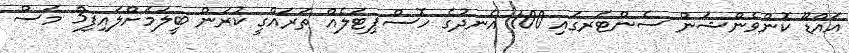
އައްޑޫ ކޮންވެންޝަން ސެންޓަރގައި 100 އެނދުގެ ހޮސްޕިޓަލެއް ތަރައްގީ ކުރަން ބީލަމަށްލައިފި3 މަސް